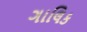
ગાલિક